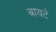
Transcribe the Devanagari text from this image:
बायटे